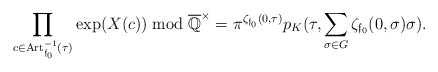
\begin{align*} \prod_{c \in \mathrm{Art}_{\mathfrak f_0}^{-1}(\tau)}\exp(X(c)) \bmod \overline{\mathbb Q}^\times =\pi^{\zeta_{\mathfrak f_0}(0,\tau)}p_K(\tau,\sum_{\sigma \in G}\zeta_{\mathfrak f_0}(0,\sigma)\sigma).\end{align*}